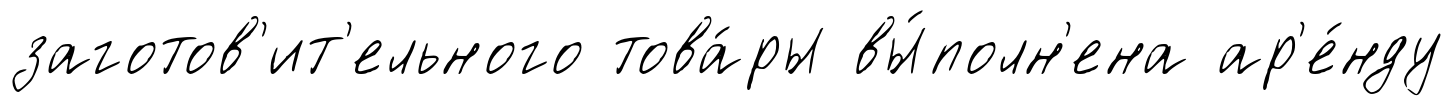
заготов'ит'ельного това́ры вы́полн'ена ар'е́нду